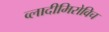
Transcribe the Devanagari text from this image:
व्लादीमिरोविच